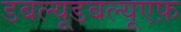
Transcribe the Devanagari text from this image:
डबल्यूडबल्यूएफ़